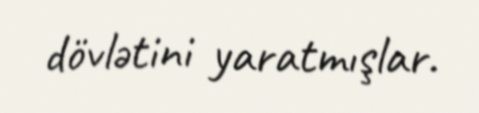
dövlətini yaratmışlar.